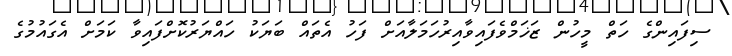
ސިފައިންގެ ހަތް މީހުން ޒަޚަމްވެފައިވާއިރުހަމަލާއަށް ފަހު އެތައް ބަޔަކު ހައްޔަރުކޮށްފައިވާ ކަމަށް އެގައުމުގެ